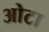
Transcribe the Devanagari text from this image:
ओेटा